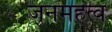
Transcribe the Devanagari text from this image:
जनमहत्व